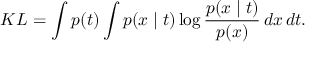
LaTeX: K L = \int p ( t ) \int p ( x \mid t ) \log { \frac { p ( x \mid t ) } { p ( x ) } } \, d x \, d t .